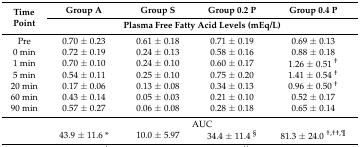
| <ROWSPAN=2> Time Point | Group A | Group S | Group 0.2 P | Group 0.4 P |
 | <COLSPAN=4> Plasma Free Fatty Acid Levels (mEq/L) |
 | --- | --- | --- | --- | --- |
 | Pre | 0.70 ± 0.23 | 0.61 ± 0.18 | 0.71 ± 0.19 | 0.69 ± 0.13 |
 | 0 min | 0.72 ± 0.19 | 0.24 ± 0.13 | 0.58 ± 0.16 | 0.88 ± 0.18 |
 | 1 min | 0.70 ± 0.10 | 0.24 ± 0.10 | 0.60 ± 0.17 | 1.26 ± 0.51 † |
 | 5 min | 0.54 ± 0.11 | 0.25 ± 0.10 | 0.75 ± 0.20 | 1.41 ± 0.54 † |
 | 20 min | 0.17 ± 0.06 | 0.13 ± 0.08 | 0.34 ± 0.13 | 0.96 ± 0.50 † |
 | 60 min | 0.43 ± 0.14 | 0.05 ± 0.03 | 0.21 ± 0.10 | 0.52 ± 0.17 |
 | 90 min | 0.57 ± 0.27 | 0.06 ± 0.08 | 0.28 ± 0.18 | 0.65 ± 0.14 |
 |  | <COLSPAN=4> AUC |
 |  | 43.9 ± 11.6 * | 10.0 ± 5.97 | 34.4 ± 11.4 § | 81.3 ± 24.0 †,††,¶ |